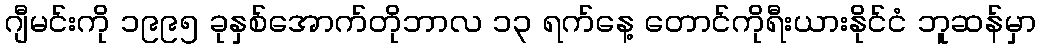
ဂျီမင်းကို ၁၉၉၅ ခုနှစ်အောက်တိုဘာလ ၁၃ ရက်နေ့ တောင်ကိုရီးယားနိုင်ငံ ဘူဆန်မှာ